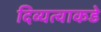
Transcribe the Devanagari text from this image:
दिव्यत्वाकडे